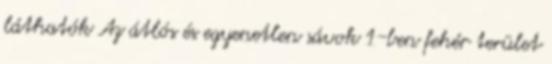
láthatók Az átlós és egyenetlen sávok 1-ben fehér terület